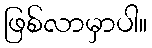
ဖြစ်လာမှာပါ။